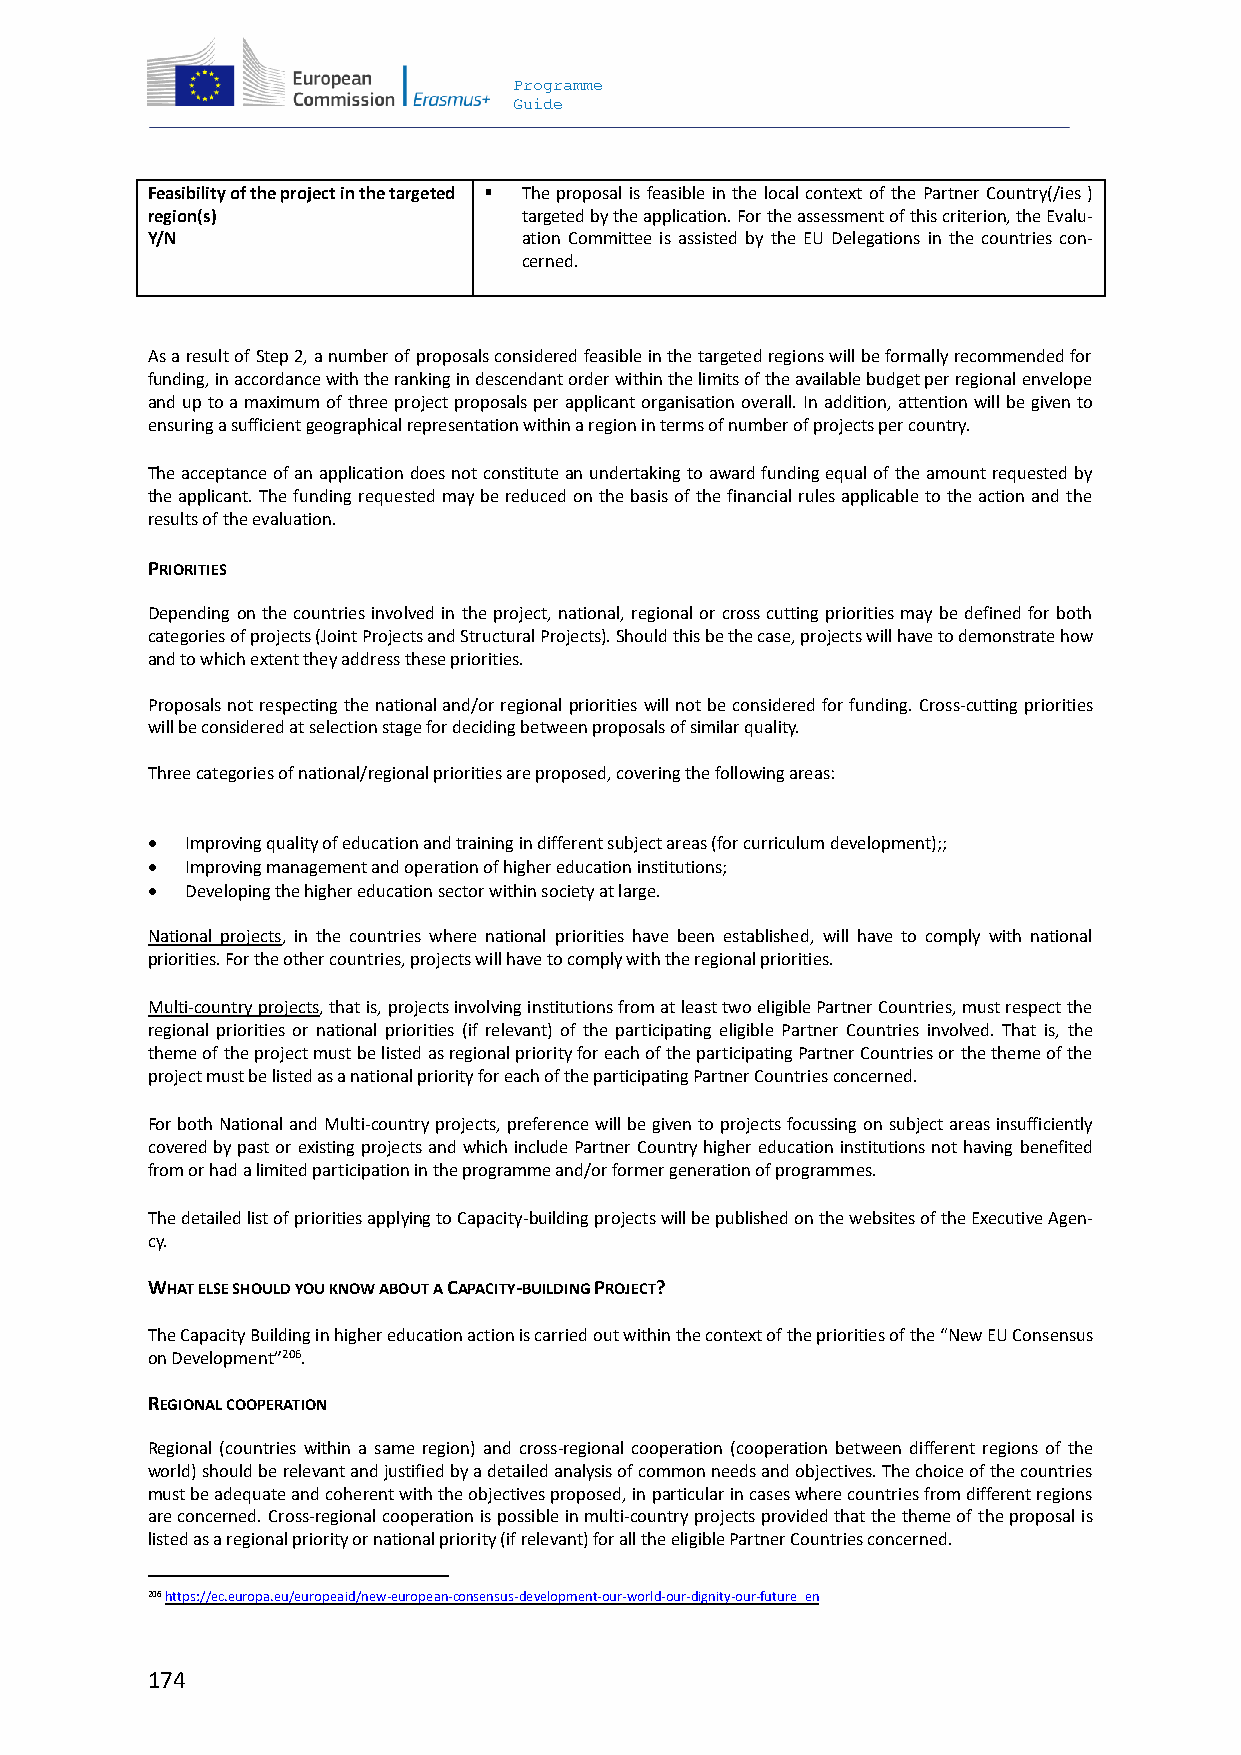
Programme
 Guide
 Feasibility of the project in the targeted  The proposal is feasible in the local context of the Partner Country(/ies )
 region(s)                targeted by the application. For the assessment of this criterion, the Evalu-
 Y/N                      ation Committee is assisted by the EU Delegations in the countries con-
 cerned.
 As a result of Step 2, a number of proposals considered feasible in the targeted regions will be formally recommended for
 funding, in accordance with the ranking in descendant order within the limits of the available budget per regional envelope
 and up to a maximum of three project proposals per applicant organisation overall. In addition, attention will be given to
 ensuring a sufficient geographical representation within a region in terms of number of projects per country.
 The acceptance of an application does not constitute an undertaking to award funding equal of the amount requested by
 the applicant. The funding requested may be reduced on the basis of the financial rules applicable to the action and the
 results of the evaluation.
 PRIORITIES
 Depending on the countries involved in the project, national, regional or cross cutting priorities may be defined for both
 categories of projects (Joint Projects and Structural Projects). Should this be the case, projects will have to demonstrate how
 and to which extent they address these priorities.
 Proposals not respecting the national and/or regional priorities will not be considered for funding. Cross-cutting priorities
 will be considered at selection stage for deciding between proposals of similar quality.
 Three categories of national/regional priorities are proposed, covering the following areas:
  Improving quality of education and training in different subject areas (for curriculum development);;
  Improving management and operation of higher education institutions;
  Developing the higher education sector within society at large.
 National projects, in the countries where national priorities have been established, will have to comply with national
 priorities. For the other countries, projects will have to comply with the regional priorities.
 Multi-country projects, that is, projects involving institutions from at least two eligible Partner Countries, must respect the
 regional priorities or national priorities (if relevant) of the participating eligible Partner Countries involved. That is, the
 theme of the project must be listed as regional priority for each of the participating Partner Countries or the theme of the
 project must be listed as a national priority for each of the participating Partner Countries concerned.
 For both National and Multi-country projects, preference will be given to projects focussing on subject areas insufficiently
 covered by past or existing projects and which include Partner Country higher education institutions not having benefited
 from or had a limited participation in the programme and/or former generation of programmes.
 The detailed list of priorities applying to Capacity-building projects will be published on the websites of the Executive Agen-
 cy.
 WHAT ELSE SHOULD YOU KNOW ABOUT A CAPACITY-BUILDING PROJECT?
 The Capacity Building in higher education action is carried out within the context of the priorities of the “New EU Consensus
 on Development”206.
 REGIONAL COOPERATION
 Regional (countries within a same region) and cross-regional cooperation (cooperation between different regions of the
 world) should be relevant and justified by a detailed analysis of common needs and objectives. The choice of the countries
 must be adequate and coherent with the objectives proposed, in particular in cases where countries from different regions
 are concerned. Cross-regional cooperation is possible in multi-country projects provided that the theme of the proposal is
 listed as a regional priority or national priority (if relevant) for all the eligible Partner Countries concerned.
 206 https://ec.europa.eu/europeaid/new-european-consensus-development-our-world-our-dignity-our-future_en
 174